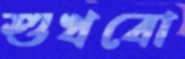
শুখবো